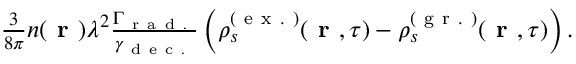
\begin{array} { r } { \frac { 3 } { 8 \pi } n ( \textbf { r } ) \lambda ^ { 2 } \frac { \Gamma _ { \mathrm { ~ r ~ a ~ d ~ . ~ } } } { \gamma _ { \mathrm { ~ d ~ e ~ c ~ . ~ } } } \left( \rho _ { s } ^ { ( \mathrm { ~ e ~ x ~ . ~ } ) } ( \textbf { r } , \tau ) - \rho _ { s } ^ { ( \mathrm { ~ g ~ r ~ . ~ } ) } ( \textbf { r } , \tau ) \right) . } \end{array}